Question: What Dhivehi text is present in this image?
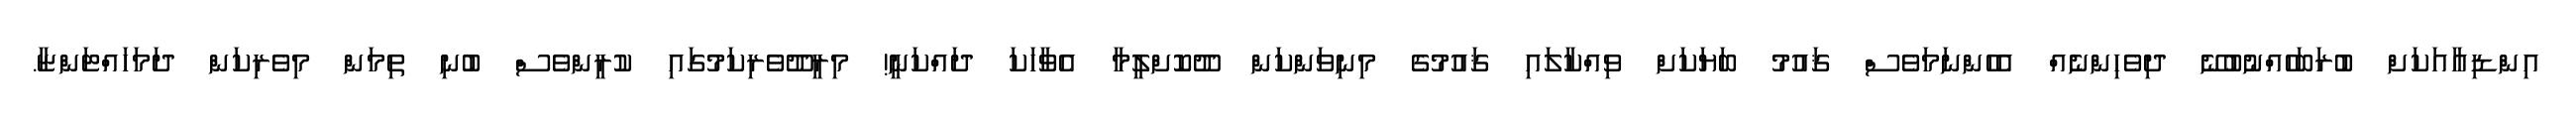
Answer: އިންޑިއާއަކަށް ބުރަބަހެއްނުބުނޭ ދިވެހިންނެއް އެހެންނަމަވެސް ޤައުމު ބަޔަކަށް ވިއްކާލައި ޤައުމުގެ މިނިވަންކަން ދޫކޮށްލީމާ އެވާހަކަ ދައްކަނީ! މިރީދޫވެރިކަމުގައި ކުރީންވެސް ބުނި ތިމަން މިވެރިކަން ދަމަހައްޓަންޏާ.